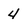
Character: 4